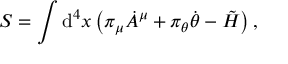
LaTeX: S = \int \mathrm { d } ^ { 4 } x \left( \pi _ { \mu } { \dot { A } } ^ { \mu } + \pi _ { \theta } \dot { \theta } - \tilde { \cal H } \right) ,